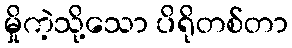
မှိုကဲ့သို့သော ပိရိုတစ်တာ